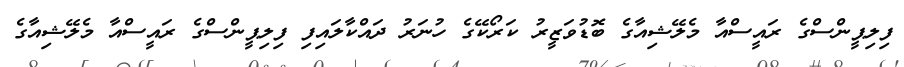
ފިލިޕީންސްގެ ރައީސްއާ މެލޭޝިއާގެ ބޮޑުވަޒީރު ކަރޯކޭގެ ހުނަރު ދައްކާލައިފި ފިލިޕީންސްގެ ރައީސްއާ މެލޭޝިއާގެ